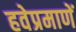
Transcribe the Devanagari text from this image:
हवेप्रमाणें